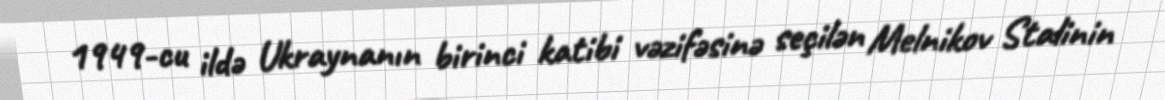
1949-cu ildə Ukraynanın birinci katibi vəzifəsinə seçilən Melnikov Stalinin